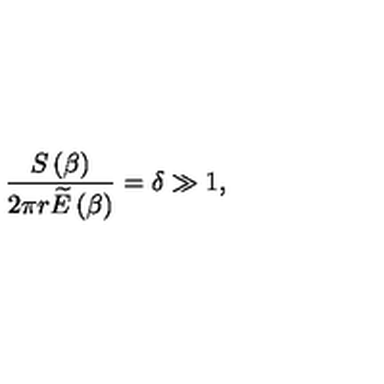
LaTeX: \frac { S \left( \beta \right) } { 2 \pi r \widetilde { E } \left( \beta \right) } = \delta \gg 1 ,